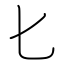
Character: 匕